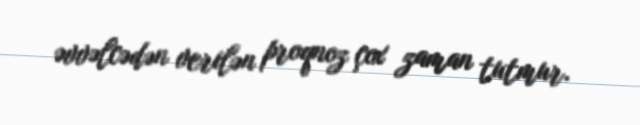
əvvəlcədən verilən proqnoz çox zaman tutmur.